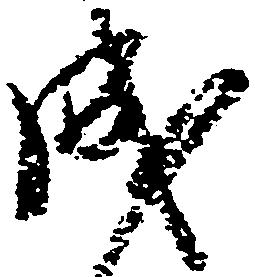
成